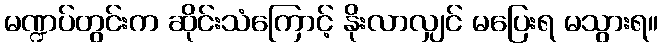
မဏ္ဍပ်တွင်းက ဆိုင်းသံကြောင့် နိုးလာလျှင် မပြေးရ မသွားရ။